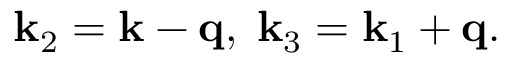
{ \bf k } _ { 2 } = { \bf k } - { \bf q } , \; { \bf k } _ { 3 } = { \bf k } _ { 1 } + { \bf q } .